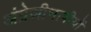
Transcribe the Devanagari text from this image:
अंग्रेज़ीभाषीयों